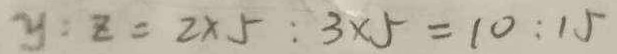
y : z = 2 \times 5 : 3 \times 5 = 1 0 : 1 5